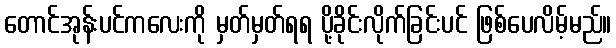
တောင်အုန်းပင်ကလေးကို မှတ်မှတ်ရရ ပို့ခိုင်းလိုက်ခြင်းပင် ဖြစ်ပေလိမ့်မည်။